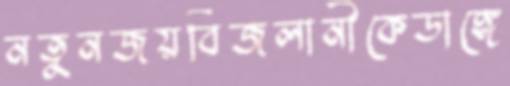
নতুনজয়বিজলানীকেডাঙ্গে